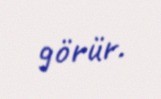
görür.